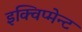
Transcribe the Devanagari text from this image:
इक्विप्मेन्ट